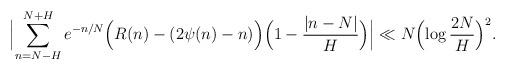
LaTeX: \begin{align*} \Bigl\vert\sum_{n=N-H}^{N+H} e^{-n/N}\Bigl(R(n) - (2\psi(n)-n)\Bigr)\Bigl(1- \frac{\vert n- N \vert}{H}\Bigr)\Bigr\vert\ll N \Bigl(\log \frac{2N}{H}\Bigr)^2.\end{align*}